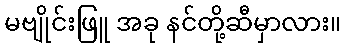
မဗျိုင်းဖြူ အခု နင်တို့ဆီမှာလား။